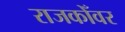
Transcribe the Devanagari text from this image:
राजकोँवर